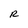
Character: R